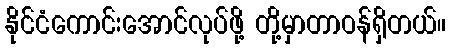
နိုင်ငံကောင်းအောင်လုပ်ဖို့ တို့မှာတာဝန်ရှိတယ်။